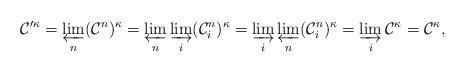
LaTeX: \begin{align*}\mathcal C'^\kappa = \varprojlim_n (\mathcal C^n)^\kappa = \varprojlim_n \varinjlim_i (\mathcal C_i^n)^\kappa = \varinjlim_i \varprojlim_n (\mathcal C_i^n)^\kappa = \varinjlim_i \mathcal C^\kappa = \mathcal C^\kappa,\end{align*}